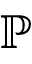
\mathbb { P }